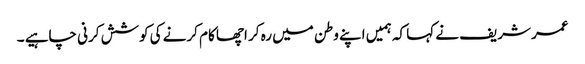
عمر شریف نے کہا کہ ہمیں اپنے وطن میں رہ کر اچھا کام کرنے کی کوشش کرنی چاہیے ۔